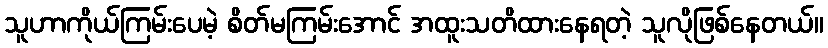
သူဟာကိုယ်ကြမ်းပေမဲ့ စိတ်မကြမ်းအောင် အထူးသတိထားနေရတဲ့ သူလိုဖြစ်နေတယ်။